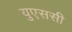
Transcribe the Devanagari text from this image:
युएससी